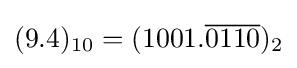
(9.4)_{10}=(1001.{\overline {0110}})_{2}